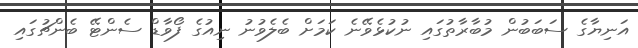
އަނިޔާގެ ސަބަބުން މުބާރާތުގައި ނުކުޅެވޭނެ ކަމަށް ބެލެވުނު ނިއުގެ ފޯވާޑް ސެންޓޭ ބެންޗުގައި